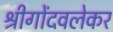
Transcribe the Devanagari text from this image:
श्रीगोंदवलेकर